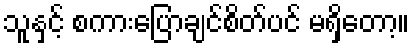
သူနှင့် စကားပြောချင်စိတ်ပင် မရှိတော့။